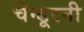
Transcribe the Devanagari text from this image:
चेन्डूरनी